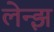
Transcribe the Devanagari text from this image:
लेन्झ